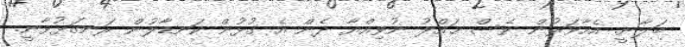
ބަލާނީ. އެހާވަރުން ވެސް ޙައްލު ނުވިއްޔާ ދެން އެ ގުޅުން ކަނޑާލުން ރަނގަޅުވާނީ.